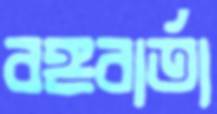
বঙ্গবার্তা